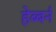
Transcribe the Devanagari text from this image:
हेब्बर्न